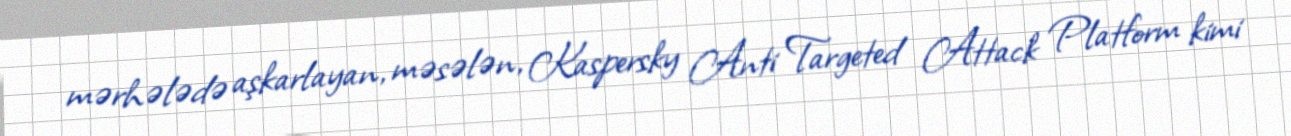
mərhələdə aşkarlayan, məsələn, Kaspersky Anti Targeted Attack Platform kimi